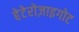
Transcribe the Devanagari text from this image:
हेटेरोज़ाइगोट